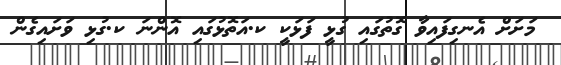
މަށަށް އެނގިފައިވާ ގޮތުގައި ގުޅީ ފަޅަކީ ކ.އަތޮޅުގައި އޮންނަ ކ.ގުޅި ވަށައިގެން